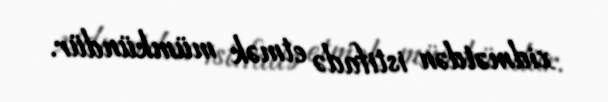
xidmətdən istifadə etmək mümkündür.